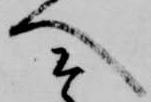
へ